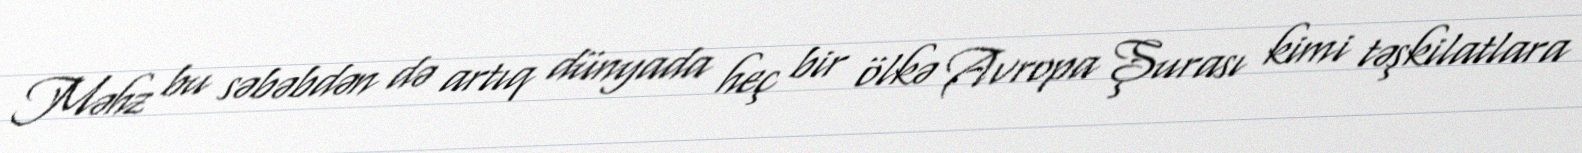
Məhz bu səbəbdən də artıq dünyada heç bir ölkə Avropa Şurası kimi təşkilatlara